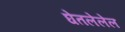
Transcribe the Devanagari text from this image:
घेतलेलेल